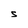
Character: S